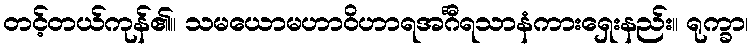
တင့်တယ်ကုန်၏။ သမယောမဟာဝိဟာရအင်္ဂီရသာနံကားရှေးနည်း။ ရုက္ခာ၊